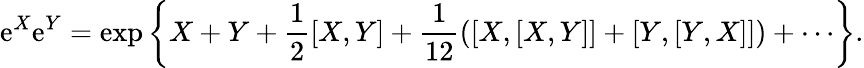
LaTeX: \mathrm{e}^{X}\mathrm{e}^{Y}=\exp\left\{ X+Y+{\frac{{1}}{{2}}}[X,Y]+{\frac{{1}}{{12}}}([X,[X,Y]]+[Y,[Y,X]])+\cdots\right\} .